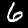
Digit: 6